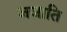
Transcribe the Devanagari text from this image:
जजाति